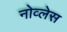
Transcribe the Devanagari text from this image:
नोव्लेस